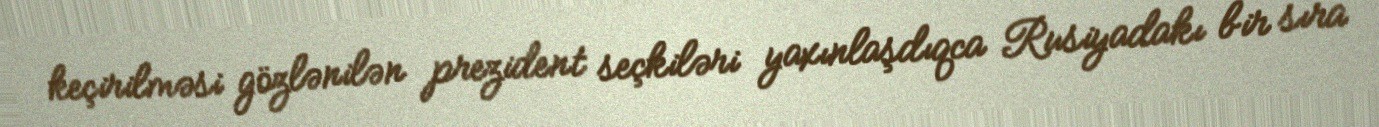
keçirilməsi gözlənilən prezident seçkiləri yaxınlaşdıqca Rusiyadakı bir sıra